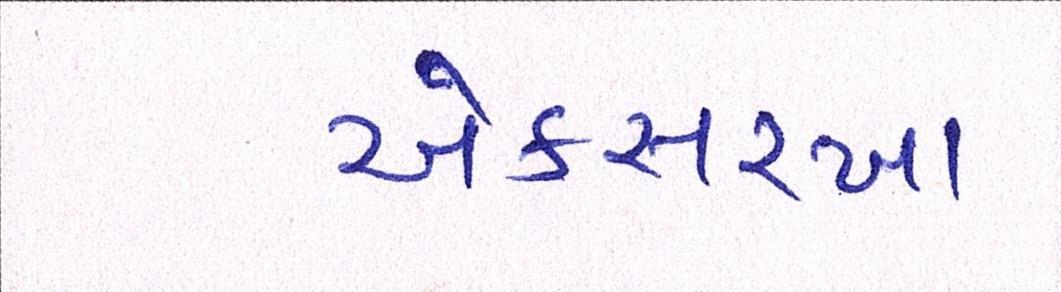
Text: એકસરખા